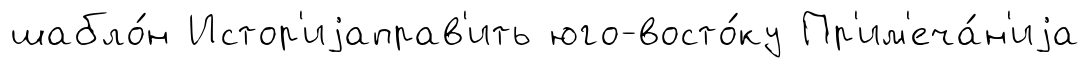
шабло́н Истор'иjаправ'ить юго-восто́ку Пр'им'еча́н'иjа